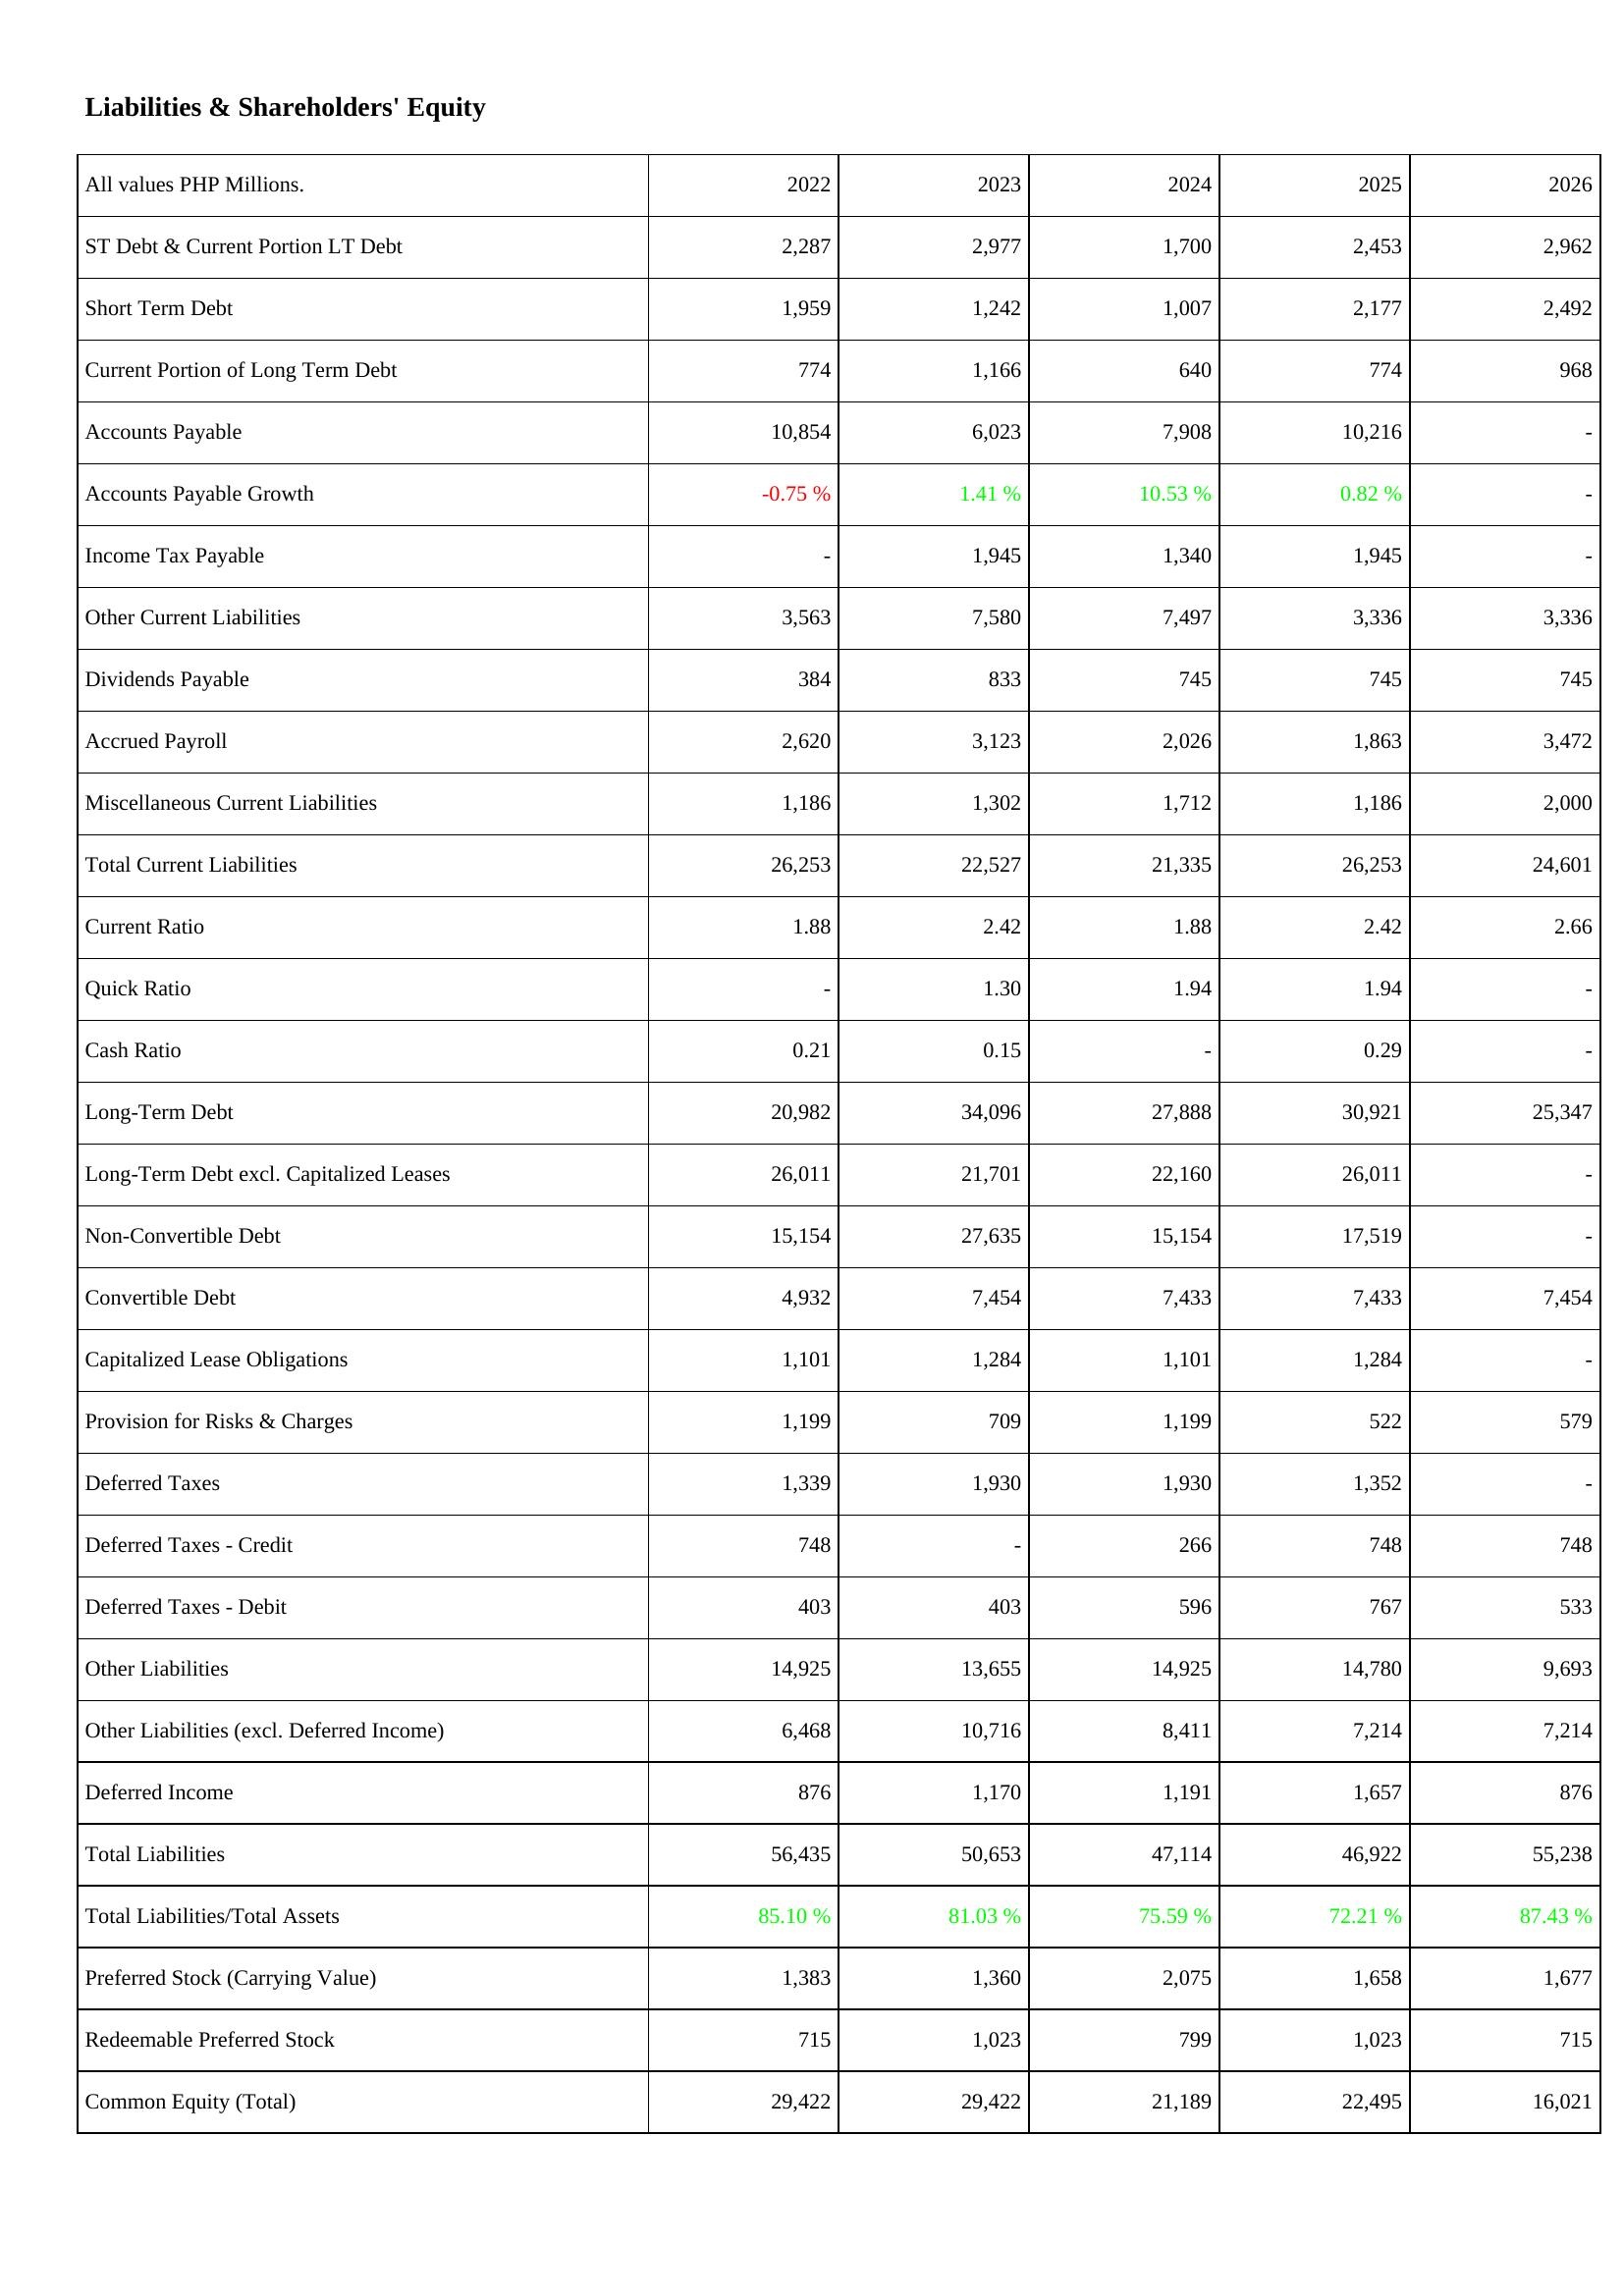
2022: Liabilities & Shareholders' Equity: ST Debt & Current Portion LT Debt: 2,287
Short Term Debt: 1,959
Current Portion of Long Term Debt: 774
Accounts Payable: 10,854
Accounts Payable Growth: -0.75 %
Income Tax Payable: -
Other Current Liabilities: 3,563
Dividends Payable: 384
Accrued Payroll: 2,620
Miscellaneous Current Liabilities: 1,186
Total Current Liabilities: 26,253
Current Ratio: 1.88
Quick Ratio: -
Cash Ratio: 0.21
Long-Term Debt: 20,982
Long-Term Debt excl. Capitalized Leases: 26,011
Non-Convertible Debt: 15,154
Convertible Debt: 4,932
Capitalized Lease Obligations: 1,101
Provision for Risks & Charges: 1,199
Deferred Taxes: 1,339
Deferred Taxes - Credit: 748
Deferred Taxes - Debit: 403
Other Liabilities: 14,925
Other Liabilities (excl. Deferred Income): 6,468
Deferred Income: 876
Total Liabilities: 56,435
Total Liabilities/Total Assets: 85.10 %
Preferred Stock (Carrying Value): 1,383
Redeemable Preferred Stock: 715
Common Equity (Total): 29,422
2023: Liabilities & Shareholders' Equity: ST Debt & Current Portion LT Debt: 2,977
Short Term Debt: 1,242
Current Portion of Long Term Debt: 1,166
Accounts Payable: 6,023
Accounts Payable Growth: 1.41 %
Income Tax Payable: 1,945
Other Current Liabilities: 7,580
Dividends Payable: 833
Accrued Payroll: 3,123
Miscellaneous Current Liabilities: 1,302
Total Current Liabilities: 22,527
Current Ratio: 2.42
Quick Ratio: 1.30
Cash Ratio: 0.15
Long-Term Debt: 34,096
Long-Term Debt excl. Capitalized Leases: 21,701
Non-Convertible Debt: 27,635
Convertible Debt: 7,454
Capitalized Lease Obligations: 1,284
Provision for Risks & Charges: 709
Deferred Taxes: 1,930
Deferred Taxes - Credit: -
Deferred Taxes - Debit: 403
Other Liabilities: 13,655
Other Liabilities (excl. Deferred Income): 10,716
Deferred Income: 1,170
Total Liabilities: 50,653
Total Liabilities/Total Assets: 81.03 %
Preferred Stock (Carrying Value): 1,360
Redeemable Preferred Stock: 1,023
Common Equity (Total): 29,422
2024: Liabilities & Shareholders' Equity: ST Debt & Current Portion LT Debt: 1,700
Short Term Debt: 1,007
Current Portion of Long Term Debt: 640
Accounts Payable: 7,908
Accounts Payable Growth: 10.53 %
Income Tax Payable: 1,340
Other Current Liabilities: 7,497
Dividends Payable: 745
Accrued Payroll: 2,026
Miscellaneous Current Liabilities: 1,712
Total Current Liabilities: 21,335
Current Ratio: 1.88
Quick Ratio: 1.94
Cash Ratio: -
Long-Term Debt: 27,888
Long-Term Debt excl. Capitalized Leases: 22,160
Non-Convertible Debt: 15,154
Convertible Debt: 7,433
Capitalized Lease Obligations: 1,101
Provision for Risks & Charges: 1,199
Deferred Taxes: 1,930
Deferred Taxes - Credit: 266
Deferred Taxes - Debit: 596
Other Liabilities: 14,925
Other Liabilities (excl. Deferred Income): 8,411
Deferred Income: 1,191
Total Liabilities: 47,114
Total Liabilities/Total Assets: 75.59 %
Preferred Stock (Carrying Value): 2,075
Redeemable Preferred Stock: 799
Common Equity (Total): 21,189
2025: Liabilities & Shareholders' Equity: ST Debt & Current Portion LT Debt: 2,453
Short Term Debt: 2,177
Current Portion of Long Term Debt: 774
Accounts Payable: 10,216
Accounts Payable Growth: 0.82 %
Income Tax Payable: 1,945
Other Current Liabilities: 3,336
Dividends Payable: 745
Accrued Payroll: 1,863
Miscellaneous Current Liabilities: 1,186
Total Current Liabilities: 26,253
Current Ratio: 2.42
Quick Ratio: 1.94
Cash Ratio: 0.29
Long-Term Debt: 30,921
Long-Term Debt excl. Capitalized Leases: 26,011
Non-Convertible Debt: 17,519
Convertible Debt: 7,433
Capitalized Lease Obligations: 1,284
Provision for Risks & Charges: 522
Deferred Taxes: 1,352
Deferred Taxes - Credit: 748
Deferred Taxes - Debit: 767
Other Liabilities: 14,780
Other Liabilities (excl. Deferred Income): 7,214
Deferred Income: 1,657
Total Liabilities: 46,922
Total Liabilities/Total Assets: 72.21 %
Preferred Stock (Carrying Value): 1,658
Redeemable Preferred Stock: 1,023
Common Equity (Total): 22,495
2026: Liabilities & Shareholders' Equity: ST Debt & Current Portion LT Debt: 2,962
Short Term Debt: 2,492
Current Portion of Long Term Debt: 968
Accounts Payable: -
Accounts Payable Growth: -
Income Tax Payable: -
Other Current Liabilities: 3,336
Dividends Payable: 745
Accrued Payroll: 3,472
Miscellaneous Current Liabilities: 2,000
Total Current Liabilities: 24,601
Current Ratio: 2.66
Quick Ratio: -
Cash Ratio: -
Long-Term Debt: 25,347
Long-Term Debt excl. Capitalized Leases: -
Non-Convertible Debt: -
Convertible Debt: 7,454
Capitalized Lease Obligations: -
Provision for Risks & Charges: 579
Deferred Taxes: -
Deferred Taxes - Credit: 748
Deferred Taxes - Debit: 533
Other Liabilities: 9,693
Other Liabilities (excl. Deferred Income): 7,214
Deferred Income: 876
Total Liabilities: 55,238
Total Liabilities/Total Assets: 87.43 %
Preferred Stock (Carrying Value): 1,677
Redeemable Preferred Stock: 715
Common Equity (Total): 16,021